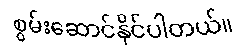
စွမ်းဆောင်နိုင်ပါတယ်။